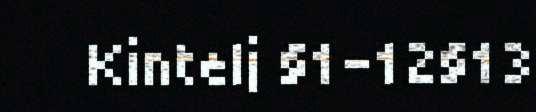
Kintelj §1–12§13